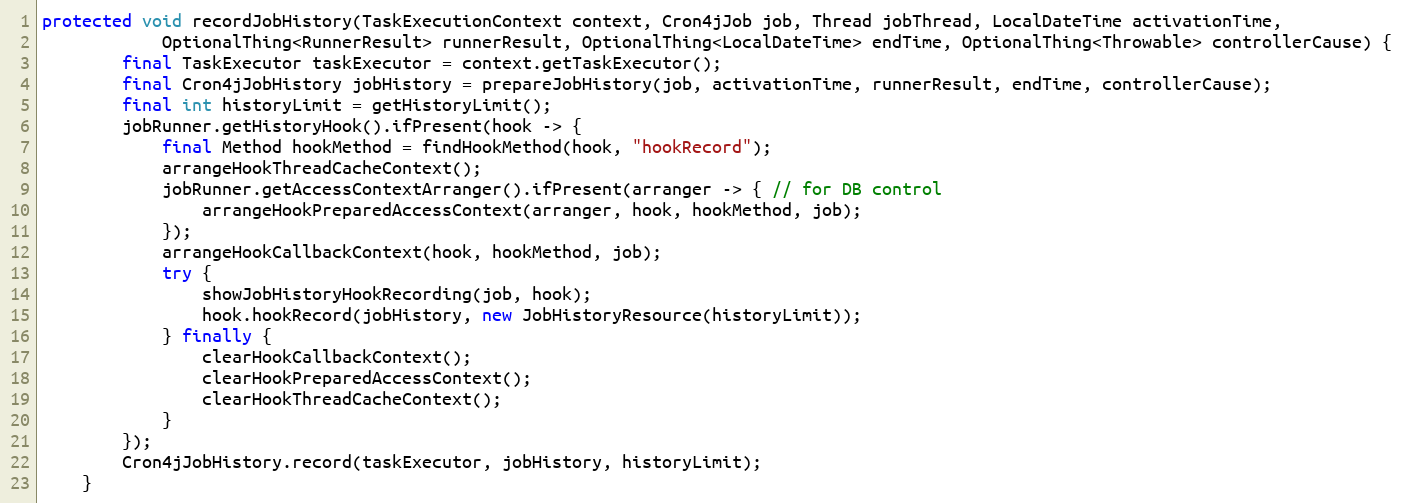
Language: Java
protected void recordJobHistory(TaskExecutionContext context, Cron4jJob job, Thread jobThread, LocalDateTime activationTime,
            OptionalThing<RunnerResult> runnerResult, OptionalThing<LocalDateTime> endTime, OptionalThing<Throwable> controllerCause) {
        final TaskExecutor taskExecutor = context.getTaskExecutor();
        final Cron4jJobHistory jobHistory = prepareJobHistory(job, activationTime, runnerResult, endTime, controllerCause);
        final int historyLimit = getHistoryLimit();
        jobRunner.getHistoryHook().ifPresent(hook -> {
            final Method hookMethod = findHookMethod(hook, "hookRecord");
            arrangeHookThreadCacheContext();
            jobRunner.getAccessContextArranger().ifPresent(arranger -> { // for DB control
                arrangeHookPreparedAccessContext(arranger, hook, hookMethod, job);
            });
            arrangeHookCallbackContext(hook, hookMethod, job);
            try {
                showJobHistoryHookRecording(job, hook);
                hook.hookRecord(jobHistory, new JobHistoryResource(historyLimit));
            } finally {
                clearHookCallbackContext();
                clearHookPreparedAccessContext();
                clearHookThreadCacheContext();
            }
        });
        Cron4jJobHistory.record(taskExecutor, jobHistory, historyLimit);
    }